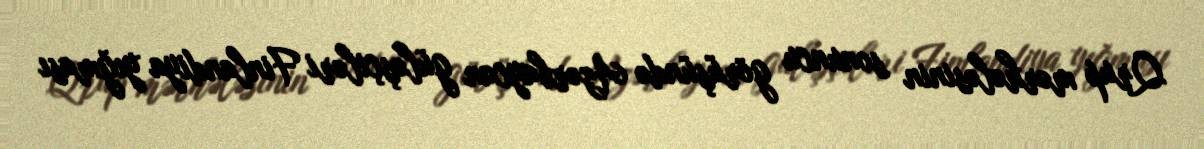
Qrup mərhələsinin sonuncu görüşündə Azərbaycan güləşçiləri Finlandiya yığması